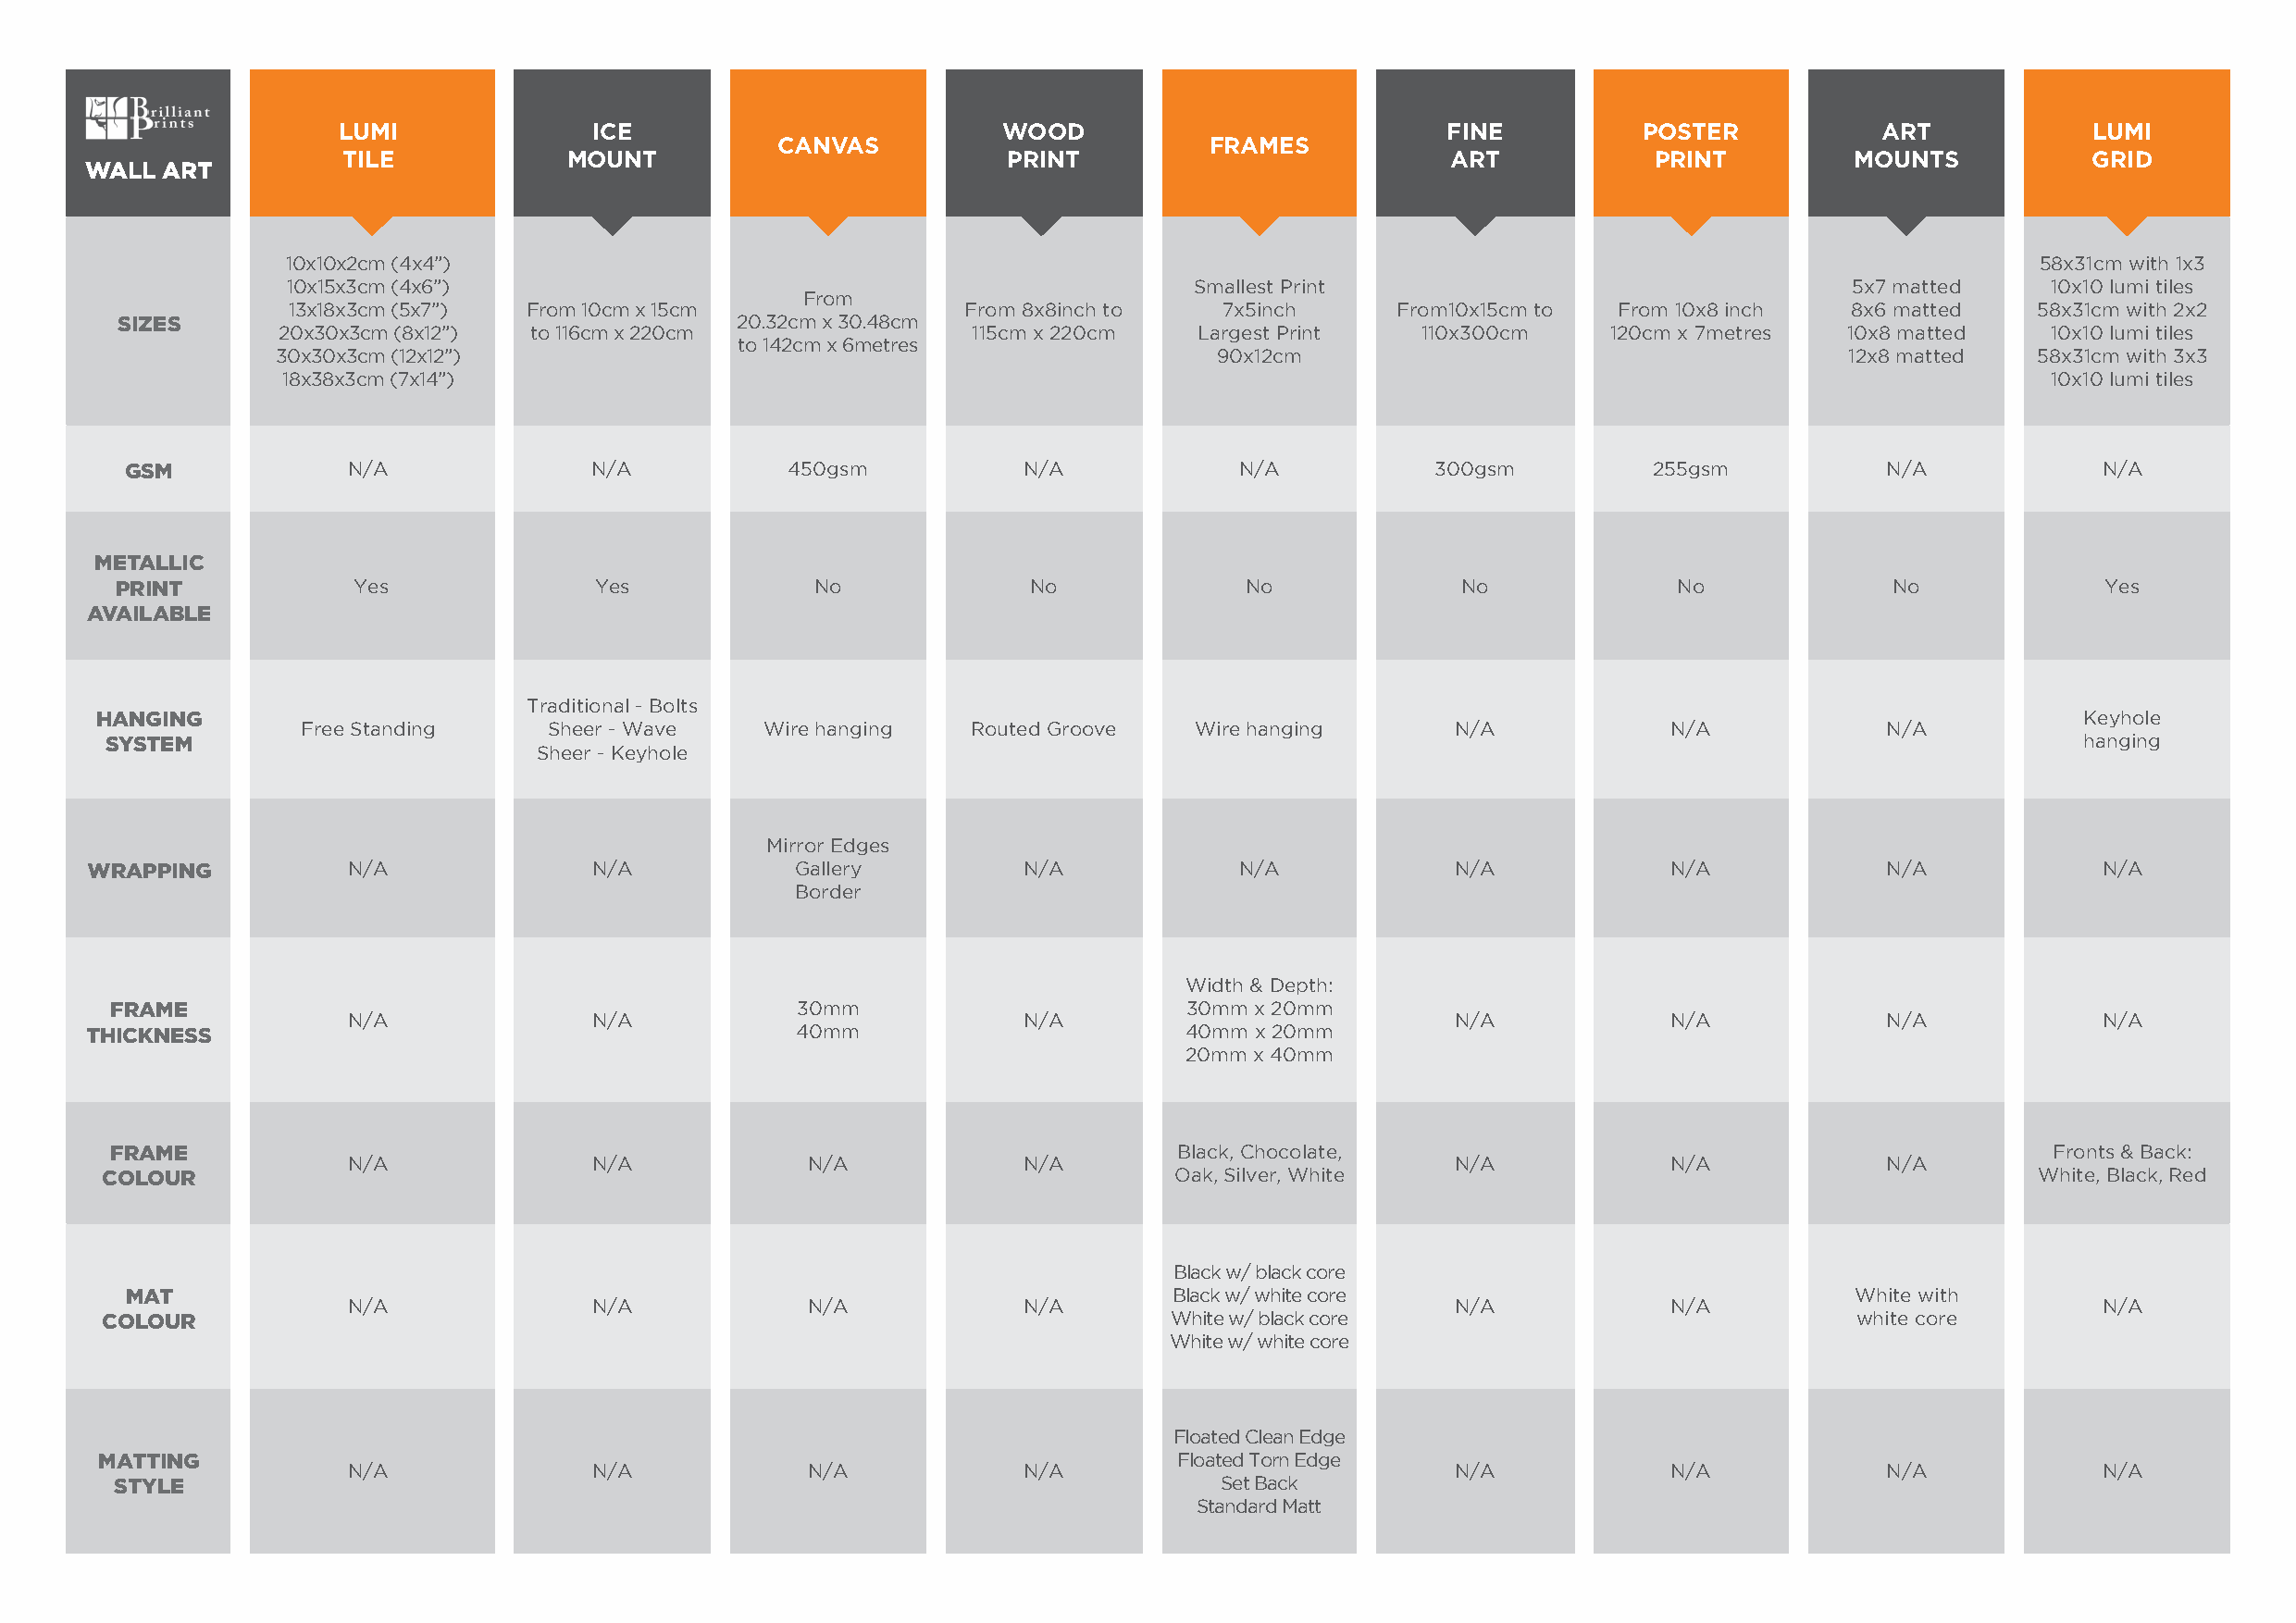
LUMI              ICE                           WOOD                           FINE          POSTER            ART            LUMI
 CANVAS                        FRAMES
 TILE             MOUNT                          PRINT                           ART           PRINT          MOUNTS           GRID
 WALL  ART
 10x10x2cm (4x4”)                                                                                                              58x31cm with 1x3
 10x15x3cm (4x6”)                                                Smallest Print                                 5x7 matted     10x10 lumi tiles
 From
 13x18x3cm (5x7”) From 10cm x 15cm               From 8x8inch to   7x5inch      From10x15cm to  From 10x8 inch  8x6 matted    58x31cm with 2x2
 SIZES                                        20.32cm x 30.48cm
 20x30x3cm (8x12”) to 116cm x 220cm                115cm x 220cm   Largest Print   110x300cm    120cm x 7metres  10x8 matted    10x10 lumi tiles
 to 142cm x 6metres
 30x30x3cm (12x12”)                                                 90x12cm                                      12x8 matted   58x31cm with 3x3
 18x38x3cm (7x14”)                                                                                                              10x10 lumi tiles
 GSM             N/A              N/A           450gsm           N/A             N/A           300gsm         255gsm           N/A            N/A
 METALLIC
 PRINT            Yes               Yes            No              No             No              No             No             No              Yes
 AVAILABLE
 Traditional - Bolts
 HANGING                                                                                                                                       Keyhole
 Free Standing    Sheer - Wave    Wire hanging  Routed Groove   Wire hanging       N/A            N/A             N/A
 SYSTEM                                                                                                                                       hanging
 Sheer - Keyhole
 Mirror Edges
 WRAPPING           N/A              N/A            Gallery         N/A             N/A            N/A            N/A             N/A            N/A
 Border
 Width & Depth:
 FRAME                                            30mm                        30mm x 20mm
 N/A              N/A                            N/A                            N/A            N/A             N/A            N/A
 THICKNESS                                          40mm                        40mm x 20mm
 20mm x 40mm
 FRAME                                                                       Black, Chocolate,                                              Fronts & Back:
 N/A              N/A             N/A            N/A                            N/A            N/A             N/A
 COLOUR                                                                       Oak, Silver, White                                            White, Black, Red
 Black w/ black core
 MAT                                                                        Black w/ white core                              White with
 N/A              N/A             N/A            N/A                            N/A            N/A                            N/A
 COLOUR                                                                       White w/ black core                              white core
 White w/ white core
 Floated Clean Edge
 MATTING                                                                      Floated Torn Edge
 N/A              N/A             N/A            N/A                            N/A            N/A             N/A            N/A
 STYLE                                                                          Set Back
 Standard Matt